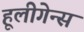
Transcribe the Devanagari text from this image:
हूलीगेन्स